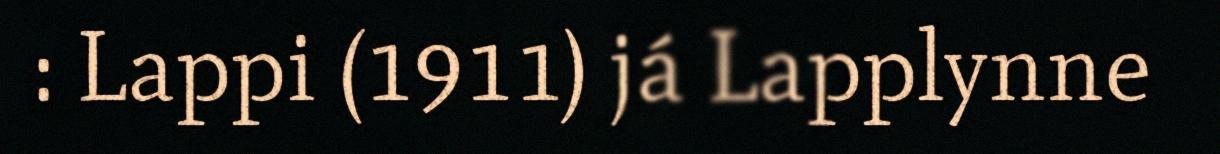
: Lappi (1911) já Lapplynne